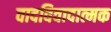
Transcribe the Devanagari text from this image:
वादविवादात्मक